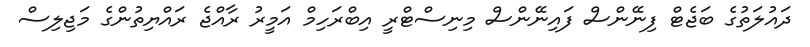
ދައުލަތުގެ ބަޖެޓް ފިނޭންސް ފައިނޭންސް މިނިސްޓްރީ އިބްރަހިމް އަމީރު ރާއްޖެ ރައްޔިތުންގެ މަޖިލިސް